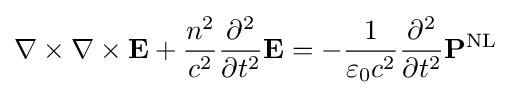
\nabla \times \nabla \times \mathbf {E} +{\frac {n^{2}}{c^{2}}}{\frac {\partial ^{2}}{\partial t^{2}}}\mathbf {E} =-{\frac {1}{\varepsilon _{0}c^{2}}}{\frac {\partial ^{2}}{\partial t^{2}}}\mathbf {P} ^{\text{NL}}